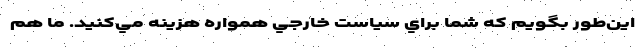
اين‌طور بگويم كه شما براي سياست خارجي همواره هزينه مي‌كنيد. ما هم